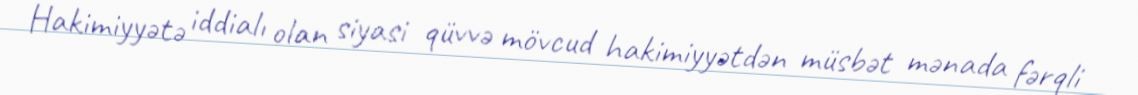
Hakimiyyətə iddialı olan siyasi qüvvə mövcud hakimiyyətdən müsbət mənada fərqli